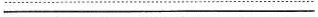
___